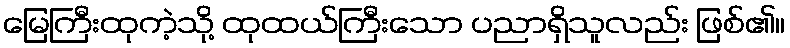
မြေကြီးထုကဲ့သို့ ထုထယ်ကြီးသော ပညာရှိသူလည်း ဖြစ်၏။